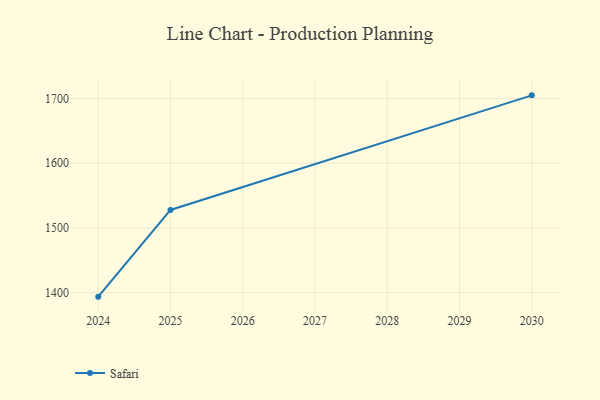
{"axis": {"x": "Year", "y": "Energy Usage (MWh)"}, "legend": ["Safari"], "data": [{"x": "2024", "y": 1393.8, "type": "Safari"}, {"x": "2025", "y": 1527.7, "type": "Safari"}, {"x": "2030", "y": 1704.8, "type": "Safari"}]}